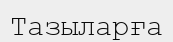
Тазыларға